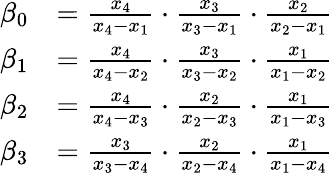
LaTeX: \begin{array}{rl}{\beta_{0}}&{=\frac{x_{4}}{x_{4}-x_{1}}\cdot\frac{x_{3}}{x_{3}-x_{1}}\cdot\frac{x_{2}}{x_{2}-x_{1}}}\\ {\beta_{1}}&{=\frac{x_{4}}{x_{4}-x_{2}}\cdot\frac{x_{3}}{x_{3}-x_{2}}\cdot\frac{x_{1}}{x_{1}-x_{2}}}\\ {\beta_{2}}&{=\frac{x_{4}}{x_{4}-x_{3}}\cdot\frac{x_{2}}{x_{2}-x_{3}}\cdot\frac{x_{1}}{x_{1}-x_{3}}}\\ {\beta_{3}}&{=\frac{x_{3}}{x_{3}-x_{4}}\cdot\frac{x_{2}}{x_{2}-x_{4}}\cdot\frac{x_{1}}{x_{1}-x_{4}}}\end{array}